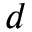
d